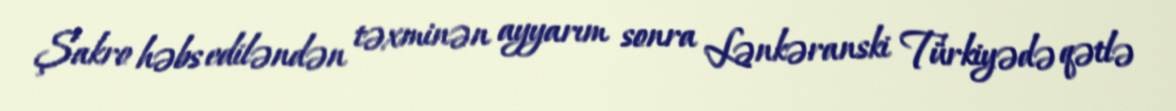
Şakro həbs ediləndən təxminən ayyarım sonra Lənkəranski Türkiyədə qətlə